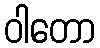
ဝါတော